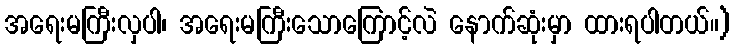
အရေးမကြီးလှပါ၊ အရေးမကြီးသောကြောင့်လဲ နောက်ဆုံးမှာ ထားရပါတယ်။)